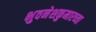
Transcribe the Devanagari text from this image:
भुवनेशकुमारच्या